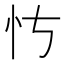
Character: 𪫝